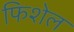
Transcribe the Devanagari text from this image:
फिशेल